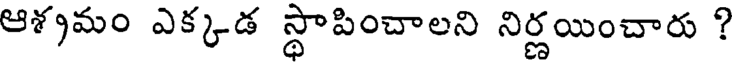
ఆశ్రమం ఎక్కడ స్థాపించాలని నిర్ణయించారు ?